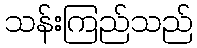
သန်းကြည်သည်